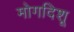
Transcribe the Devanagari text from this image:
मोगदिशू